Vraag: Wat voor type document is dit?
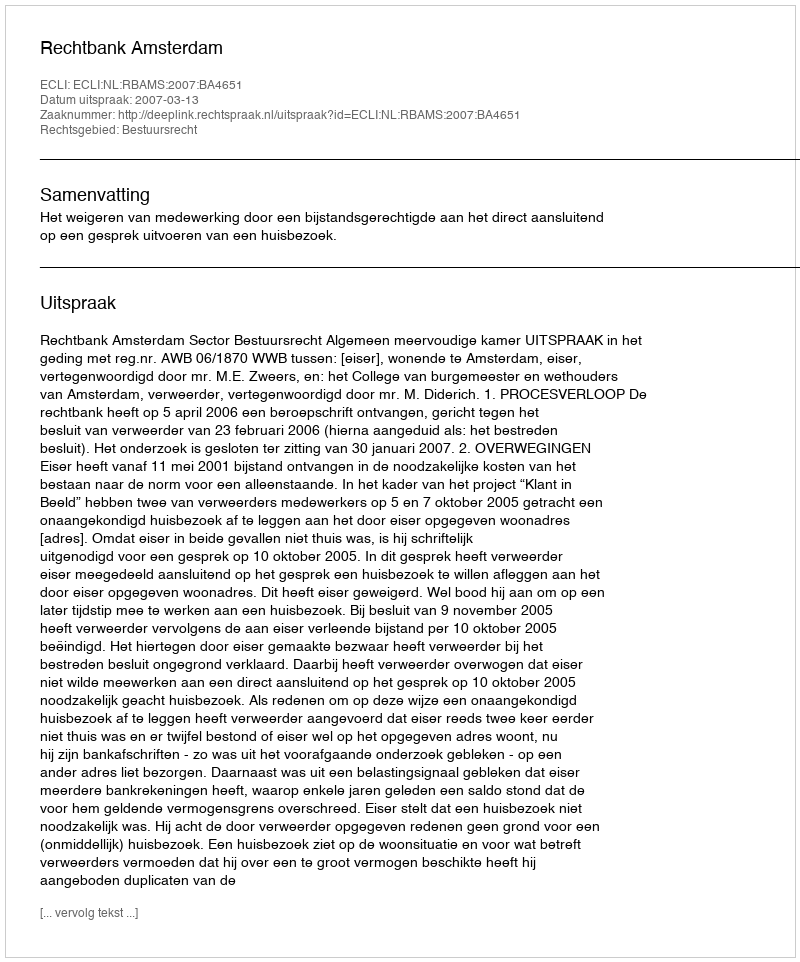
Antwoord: Uitspraak